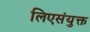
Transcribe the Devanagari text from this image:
लिएसंयुक्त